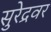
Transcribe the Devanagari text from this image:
सुरेद्रवर